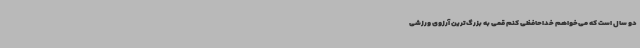
دو سال است که می‌خواهم خداحافظی کنم‌ قمی به بزرگ‌ترین آرزوی ورزشی